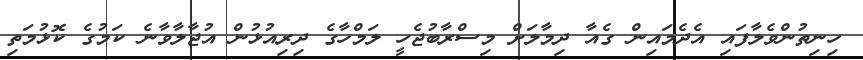
ހިނިތުންވެލާފައި އެދެމައިން ގެއާ ދިމާލަށް މިސްރާބުޖެހީ ލަމްހާގެ ދިރިއުޅުން އުޖާލާވާނެ ކަމުގެ ކޮޅުމަތި